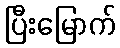
ပြီးမြောက်